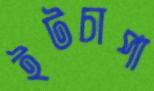
ইটচাপা